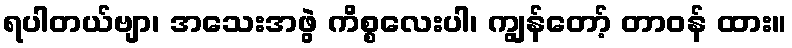
ရပါတယ်ဗျာ၊ အသေးအဖွဲ ကိစ္စလေးပါ၊ ကျွန်တော့် တာဝန် ထား။